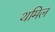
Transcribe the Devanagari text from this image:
थमिल